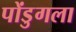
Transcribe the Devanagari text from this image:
पोंडुगला